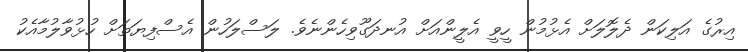
އިރުގެ އަލިކަން ދެލޮލަށް އެޅުމުން ހީވީ އެލީންއަށް އުނދަގޫވިހެންނެވެ. ލަސްލަހުން އެސްފިޔަތަށް ހުޅުވާލުމާއެކު